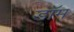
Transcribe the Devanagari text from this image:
डाॅम